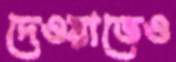
দেওয়াতেও